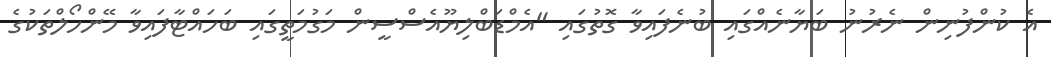
އެ ކުންފުނިން ނެރުނު ބަޔާނެއްގައި ބުނެފައިވާ ގޮތުގައި "އެމްޑަބްލިޔޫއެސްސީން މަގުމަތީގައި ބަހައްޓާފައިވާ މޭންހޯލްތަކުގެ